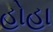
હોહા